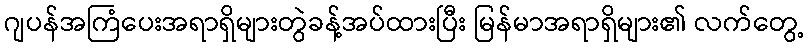
ဂျပန်အကြံပေးအရာရှိများတွဲခန့်အပ်ထားပြီး မြန်မာအရာရှိများ၏ လက်တွေ့